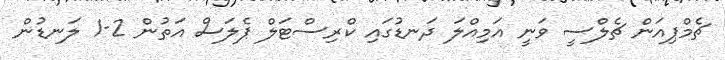
ޗެމްޕިއަން ޗެލްސީ ވަނީ އަމިއްލަ ދަނޑުގައި ކްރިސްޓަލް ޕެލަސް އަތުން 2-1 ލަނޑުން